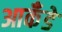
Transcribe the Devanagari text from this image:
आकँडे